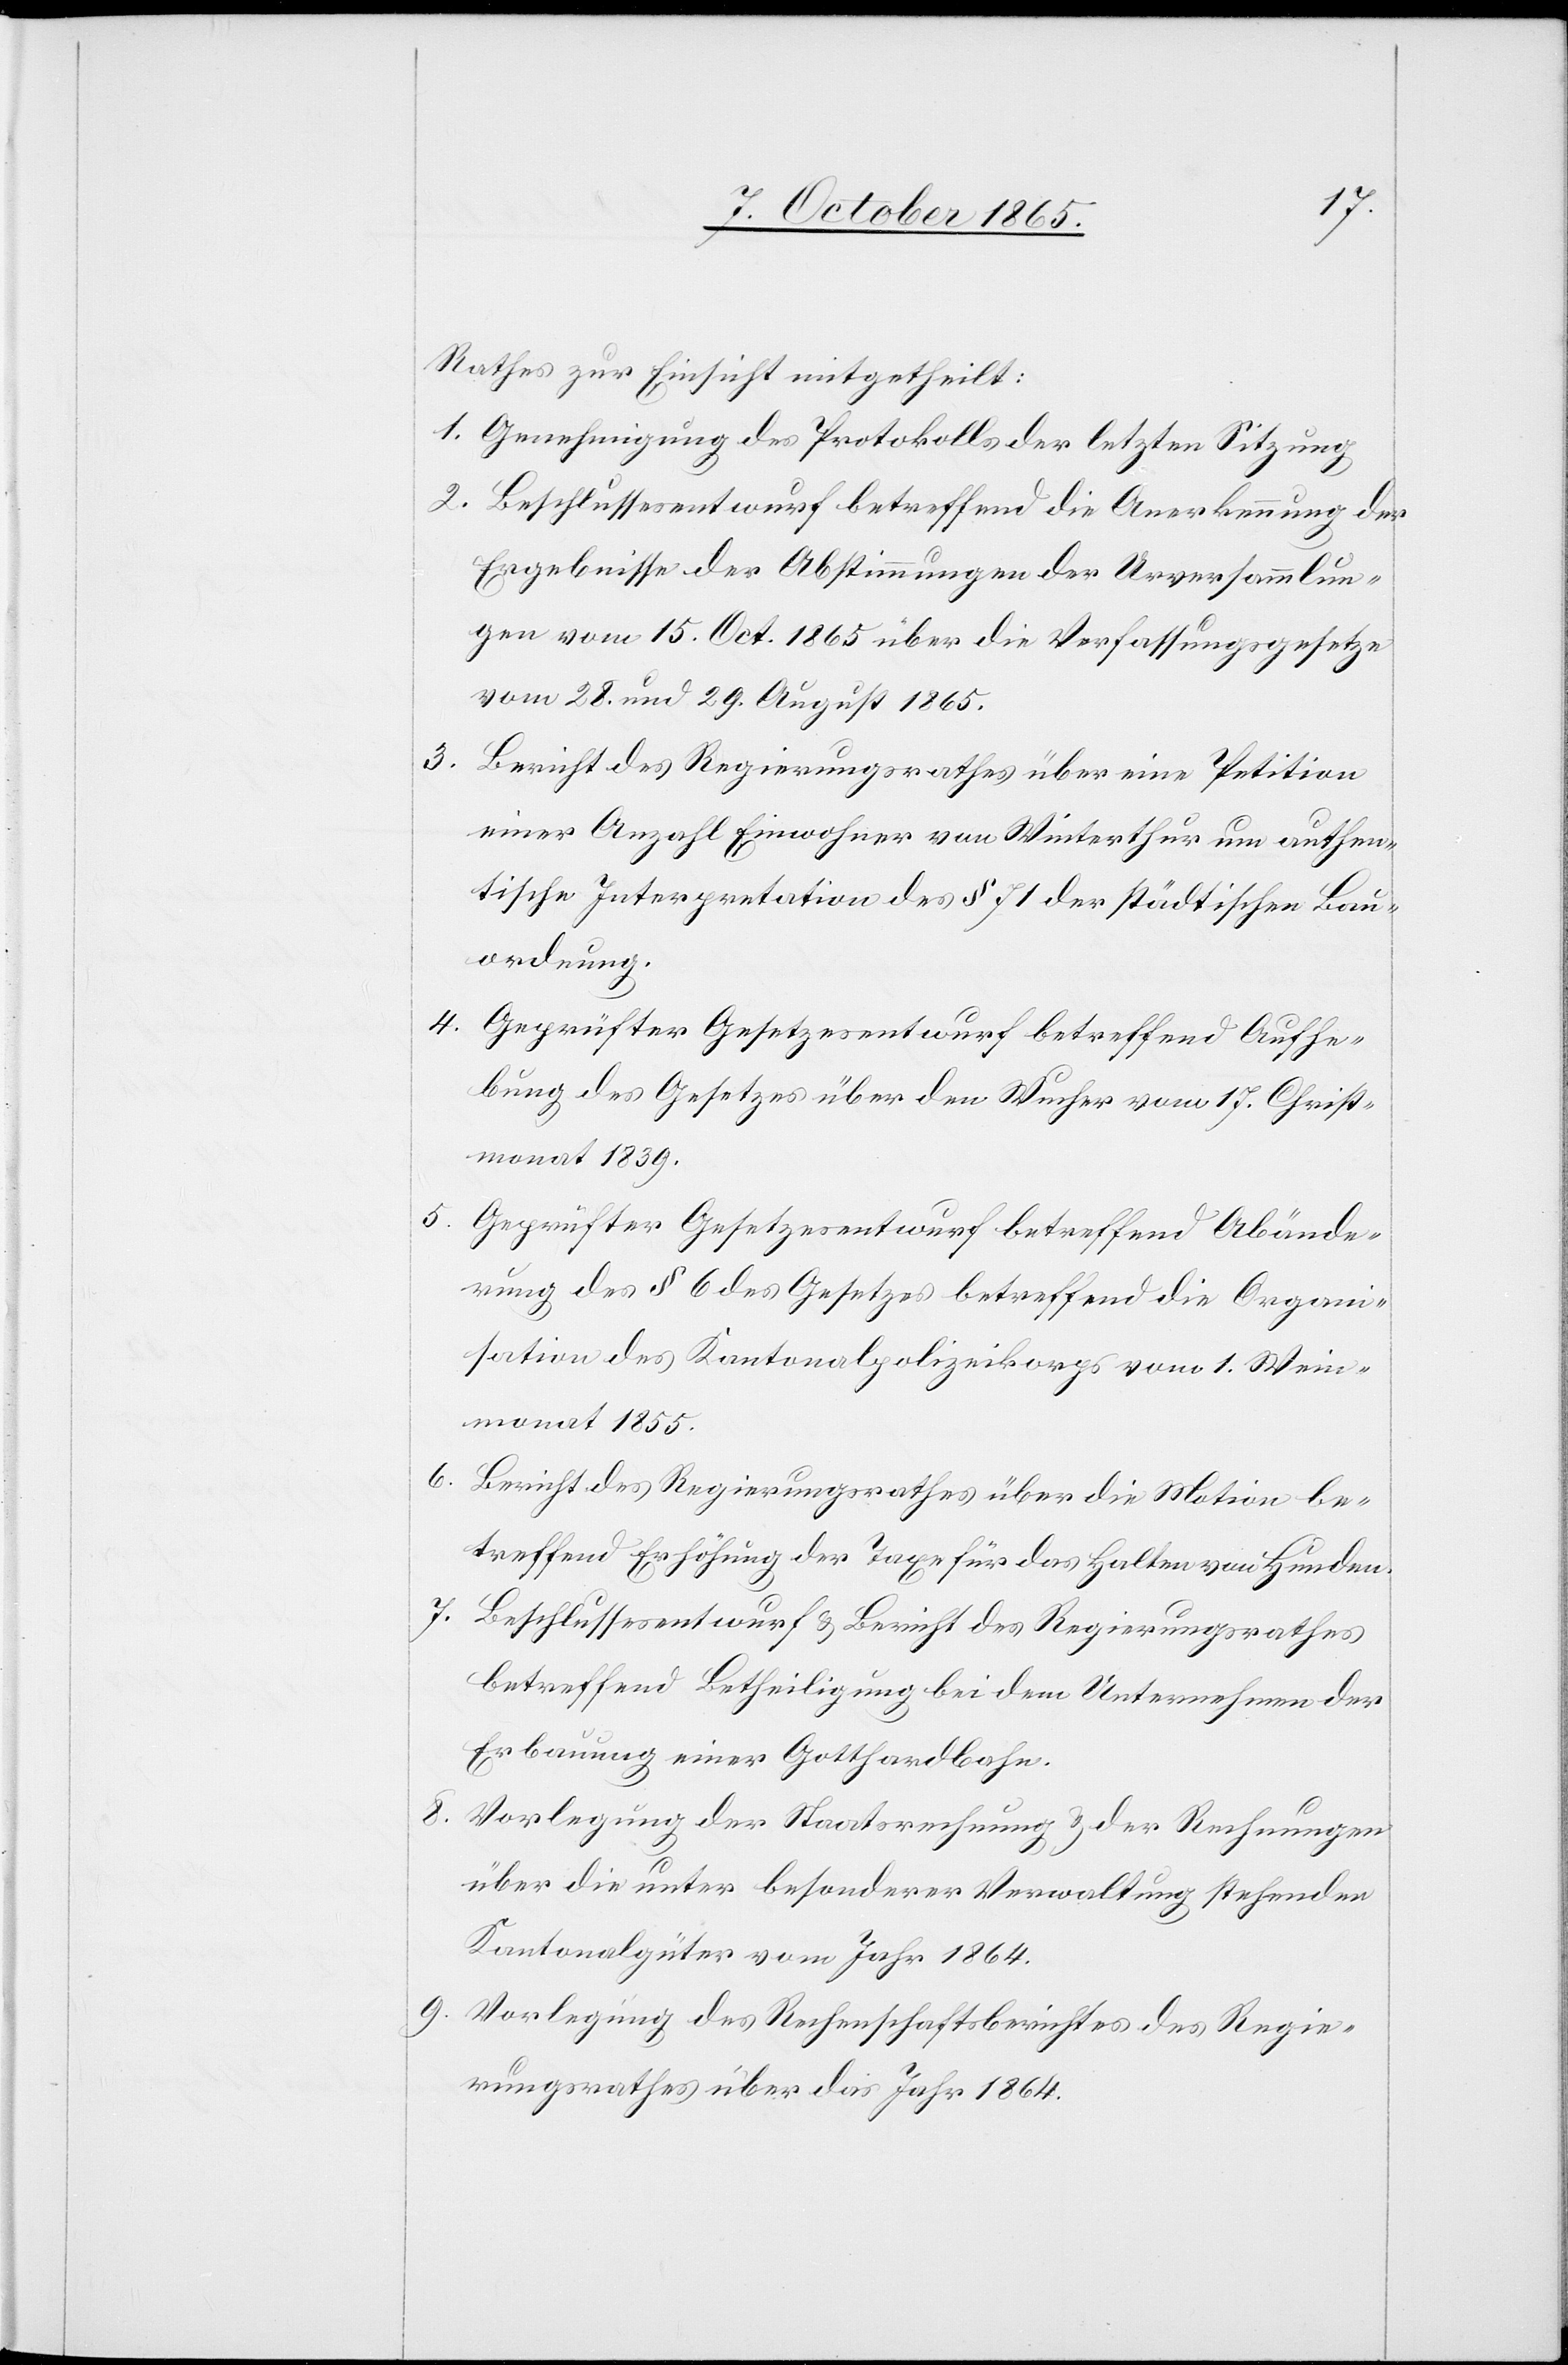
Rathes zur Einsicht mitgetheilt:
1. Genehmigung des Protokolls der letzten Sitzung
2. Beschlussesentwurf betreffend die Anerkennung der
Ergebnisse der Abstimmungen der Urversammlun¬
gen vom 15. Oct. 1865 über die Verfassungsgesetze
vom 28. und 29. August 1865.
3. Bericht des Regierungsrathes über eine Petition
einer Anzahl Einwohner von Winterthur um authen¬
tische Interpretation des § 71 der städtischen Bau¬
ordnung.
4. Geprüfter Gesetzesentwurf betreffend Aufhe¬
bung des Gesetzes über den Wucher vom 17. Christ¬
monat 1839.
5. Geprüfter Gesetzesentwurf betreffend Abände¬
rung des § 6 des Gesetzes betreffend die Organi¬
sation des Kantonalpolizeikorps vom 1. Wein¬
monat 1855.
6.
Bericht des Regierungsrathes über die Motion be¬
treffend Erhöhung der Taxen für das Halten von Hunden.
7.
Beschlussesentwurf & Bericht des Regierungsrathes
betreffend Betheiligung bei dem Unternehmen der
Erbauung einer Gotthardbahn.
8.
Vorlegung der Staatsrechnung & der Rechnungen
über die unter besonderer Verwaltung stehenden
Kantonalgüter vom Jahr 1864.
9. Vorlegung des Rechenschaftsberichtes des Regie¬
rungsrathes über das Jahr 1864.